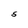
Character: s